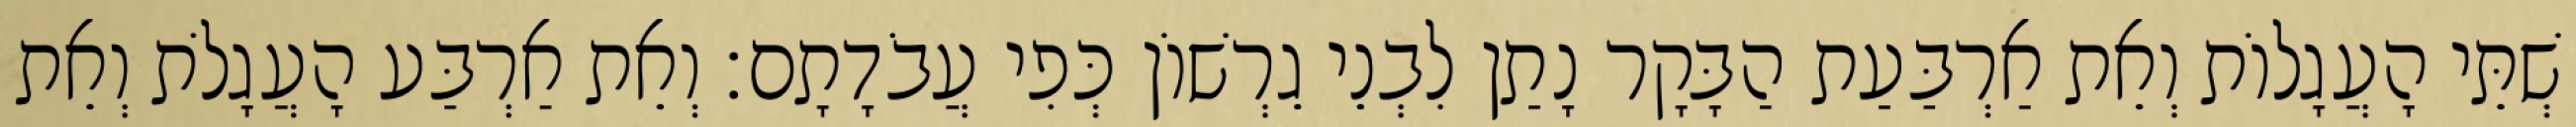
שְׁתֵּי הָעֲגָלוֹת וְאֵת אַרְבַּעַת הַבָּקָר נָתַן לִבְנֵי גֵרְשׁוֹן כְּפִי עֲבֹדָתָם׃ וְאֵת אַרְבַּע הָעֲגָלֹת וְאֵת